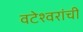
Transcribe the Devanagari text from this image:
वटेश्वरांची